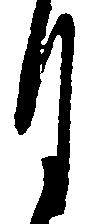
月